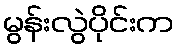
မွန်းလွဲပိုင်းက